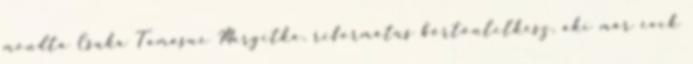
mondta Csuka Tamásné Margitka, református börtönlelkész, aki már évek